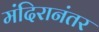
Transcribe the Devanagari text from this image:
मंदिरानंतर